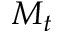
M _ { t }